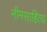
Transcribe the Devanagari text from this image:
नीमसाहित्य